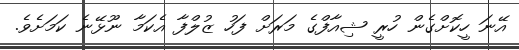
އޭނަ ހީކޮށްގެން ހުރީ ޝިއާފްގެ މަރަށް ފަހު ޒުލްފާ އެކަމާ ނޫޅޭނެ ކަމަށެވެ.